Epidemic dropsy in Calcutta - Number 45
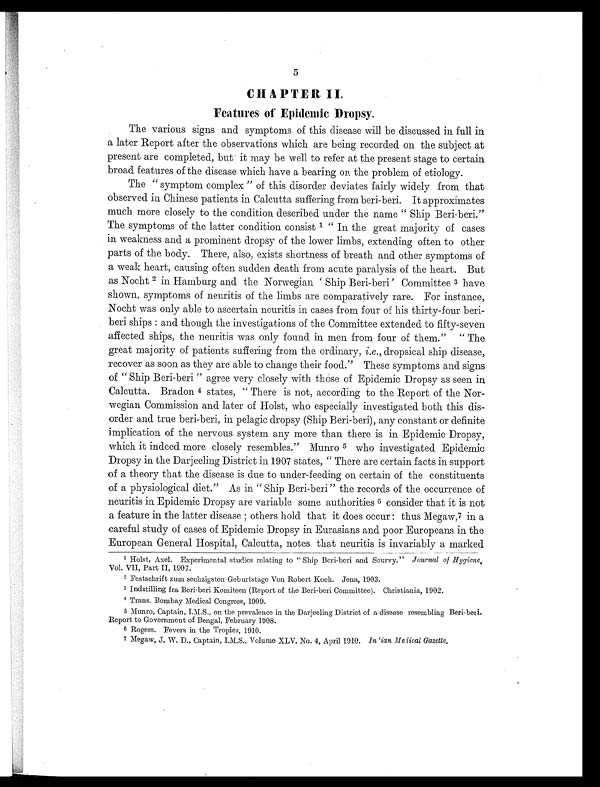
5
CHAPTER
II.
Features of Epidemic Dropsy.
The various signs and symptoms of this disease will be discussed in full in
a later Report after the observations which are being recorded on the subject at
present are completed, but it may be well to refer at the present stage to certain
broad features of the disease which have a bearing on the problem of etiology.
The " symptom complex " of this disorder deviates fairly widely from that
observed in Chinese patients in Calcutta suffering from beri-beri. It approximates
much more closely to the condition described under the name " Ship Beri-beri."
The symptoms of the latter condition consist 1 " In the great majority of cases
in weakness and a prominent dropsy of the lower limbs, extending often to other
parts of the body. There, also, exists shortness of breath and other symptoms of
a weak heart, causing often sudden death from acute paralysis of the heart. But
as Nocht ² in Hamburg and the Norwegian Ship Beri-beri ' Committee ³ have
shown, symptoms of neuritis of the limbs are comparatively rare. For instance,
Nocht was only able to ascertain neuritis in cases from four of his thirty-four beri-
beri ships : and though the investigations of the Committee extended to fifty-seven
affected ships, the neuritis was only found in men from four of them." " The
great majority of patients suffering from the ordinary, i.e., dropsical ship disease,
recover as soon as they are able to change their food." These symptoms and signs
of " Ship Beri-beri " agree very closely with those of Epidemic Dropsy as seen in
Calcutta. Bradon 4 states, " There is not, according to the Report of the Nor-
wegian Commission and later of Hoist, who especially investigated both this dis-
order and true beri-beri, in pelagic dropsy (Ship Beri-beri), any constant or definite
implication of the nervous system any more than there is in Epidemic Dropsy,
which it indeed more closely resembles." Munro 5 who investigated Epidemic
Dropsy in the Darjeeling District in 1907 states, " There are certain facts in support
of a theory that the disease is due to under-feeding on certain of the constituents
of a physiological diet." As in " Ship Beri-beri " the records of the occurrence of
neuritis in Epidemic Dropsy are variable some authorities 6 consider that it is not
a feature in the latter disease ;others hold that it does occur : thus Megaw,7 in a
careful study of cases of Epidemic Dropsy in Eurasians and poor Europeans in the
European General Hospital, Calcutta, notes that neuritis is invariably a marked
1 Holst, Axel. Experimental studies relating to " Ship Beri-beri and Scurvy.'' Journal of Hygiene,
Vol. VII, Part II, 1907.
² Festschrift zum sechzigsten Geburtstage Von Robert Koch. Jena, 1903.
³ Indstilling fra Beri-beri Komiteen (Report of the Beri-beri Committee). Christiania, 1902.
4 Trans. Bombay Medical Congress, 1909.
5 Munro, Captain, I.M.S., on the prevalence in the Darjeeling District of a disease resembling Beri-beri
Report to Government of Bengal, February 1908.
6 Rogers. Fevers in the Tropics, 1910.
7 Megaw, J. W. D., Captain, I.M.S., Volume XLV, No. 4, April 1910. Indian Medical Gazette.